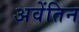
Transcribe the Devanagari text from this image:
अवेंतिन